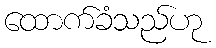
ထောက်ခံသည်ဟု